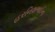
હરનિશભાઈના